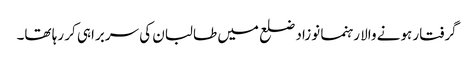
گرفتار ہونے والا رہنما نوزاد ضلع میں طالبان کی سربراہی کر رہا تھا۔